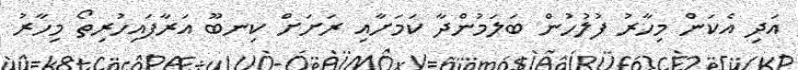
އަދި އެކަން މިހާރު ފުލުހުން ބަލަމުންދާ ކަމަށާއި ރަށަށް ކިނބޫ އަރާފައިހުރިތޯ މިހާރު